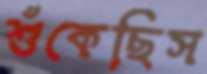
শুঁকেছিস